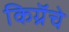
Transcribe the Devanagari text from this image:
किग्रॅचे